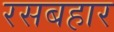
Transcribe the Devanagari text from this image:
रसबहार